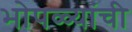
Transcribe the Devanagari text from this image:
भोपळ्यांची